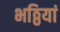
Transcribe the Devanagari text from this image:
भठ्ठियां